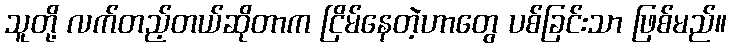
သူတို့ လက်တည့်တယ်ဆိုတာက ငြိမ်နေတဲ့ဟာတွေ ပစ်ခြင်းသာ ဖြစ်မည်။